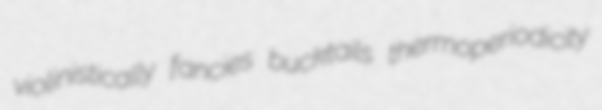
violinistically fancies bucktails thermoperiodicity